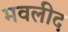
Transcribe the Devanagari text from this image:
मवलीद